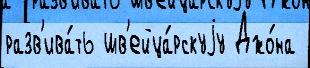
разв'ива́ть шв'ейца́рскуjу Джо́на